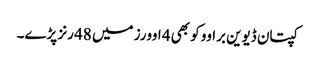
کپتان ڈیوین براوو کو بھی 4 اوورز میں 48 رنز پڑے۔